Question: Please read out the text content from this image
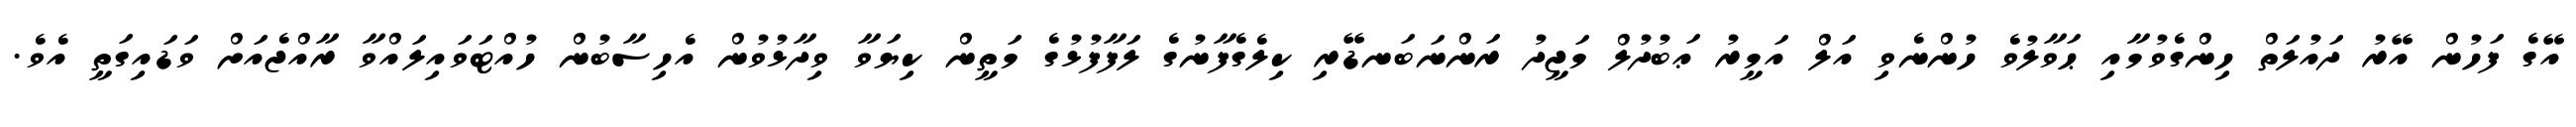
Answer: އޭގެ ފަހުން އޭރު ދައުލަތް ހިންގެވުމާއި ޙަވާލުވެ ހުންނެވި އަލް އަމީރު ޢަބުދުލް މަޖީދު ރަންނަބަނޑޭރި ކިލެގެފާނުގެ ލަފާފުޅުގެ މަތީން ކިޔަވާ ވިދާޅުވުން އެހިސާބުން ހުއްޓަވައިލައްވާ ރާއްޖެއަށް ވަޑައިގަތީ އެވެ.